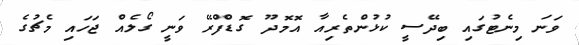
ވަނަ މިނެޓުގައި ބިދޭސީ ކުޅުންތެރިއާ އޮމޮދޫ ގޮޑްފްރޭ ވަނީ ގޯލެއް ޖަހައި މެޗުގެ